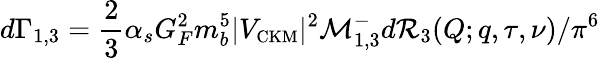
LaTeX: d\Gamma_{1,3}={\frac{2}{3}}\alpha_{s}G_{F}^{2}m_{b}^{5}|V_{\mathrm{\small CKM}}|^{2}{\cal M}_{1,3}^{-}d{\cal R}_{3}(Q;q,\tau,\nu)/\pi^{6}